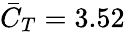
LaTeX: \bar{C}_{T}=3.52